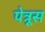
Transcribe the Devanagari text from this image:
पेत्रूस